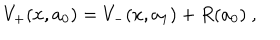
V _ { + } ( x , a _ { 0 } ) = V _ { - } ( x , a _ { 1 } ) + R ( a _ { 0 } ) ~ ,